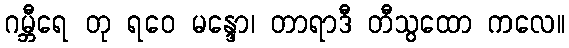
ဂမ္ဘီရေ တု ရဝေ မန္ဒော၊ တာရာဒီ တီသွထော ကလေ။